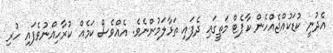
އެދުނީ ކުޑަކުއްޖެއްހެން ކާޕެޓް މަތީގައި ދެފައި ތަޅާލަމުންނެވެ. އެއްވެސް ކަމެއް ކުރާހިއްނުވެފައި ހުރި